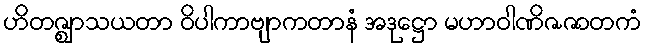
ဟိတဇ္ဈာသယတာ ဝိပါကာဗျာကတာနံ အဒုဋ္ဌော မဟာဝါဏိဇဇာတကံ